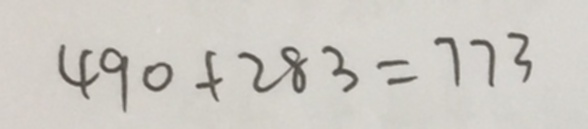
4 9 0 + 2 8 3 = 7 7 3